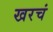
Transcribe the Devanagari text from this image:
खरचं